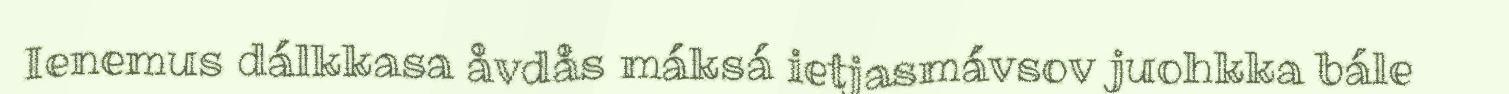
Ienemus dálkkasa åvdås máksá ietjasmávsov juohkka bále